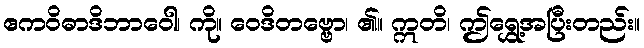
ဧကဝိဓာဒိဘာဝေါ၊ ကို။ ဝေဒိတဗ္ဗော၊ ၏။ ဣတိ၊ ဤရွှေ့အပြီးတည်း။